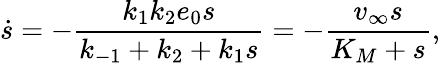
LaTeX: \dot{s}=-\frac{k_{1}k_{2}e_{0}s}{k_{-1}+k_{2}+k_{1}s}=-\frac{v_{\infty}s}{K_{M}+s},